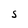
Character: S